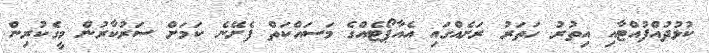
ކުޅުދުއްފުއްޓާއި އިތުރު ހަތަރު ރަށެއްގައި އެއާޕޯޓެއްގެ މަސައްކަތް ފެށޭނެ ކަމަށް ސަރުކާރުން މީގެކުރިން